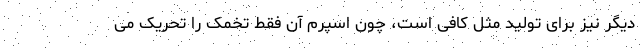
دیگر نیز برای تولید مثل کافی است، چون اسپرم آن فقط تخمک را تحریک می